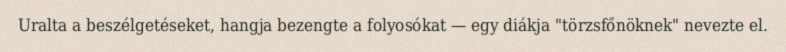
Uralta a beszélgetéseket, hangja bezengte a folyosókat — egy diákja "törzsfőnöknek" nevezte el.